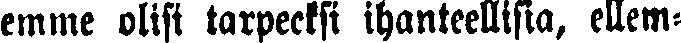
emme olisi tarpeeksi ihanteellisia, ellem-